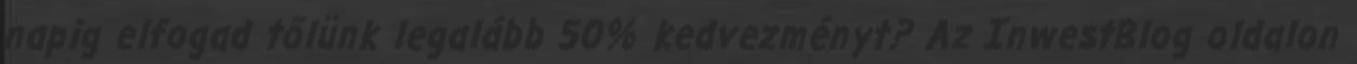
napig elfogad tőlünk legalább 50% kedvezményt? Az InwestBlog oldalon